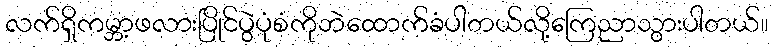
လက်ရှိကမ္ဘာ့ဖလားပြိုင်ပွဲပုံစံကိုဘဲထောက်ခံပါတယ်လို့ကြေညာသွားပါတယ်။